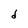
Character: d